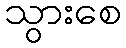
သွားစေ